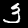
Label: 3